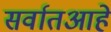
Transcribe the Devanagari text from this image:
सर्वातआहे